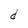
Character: d